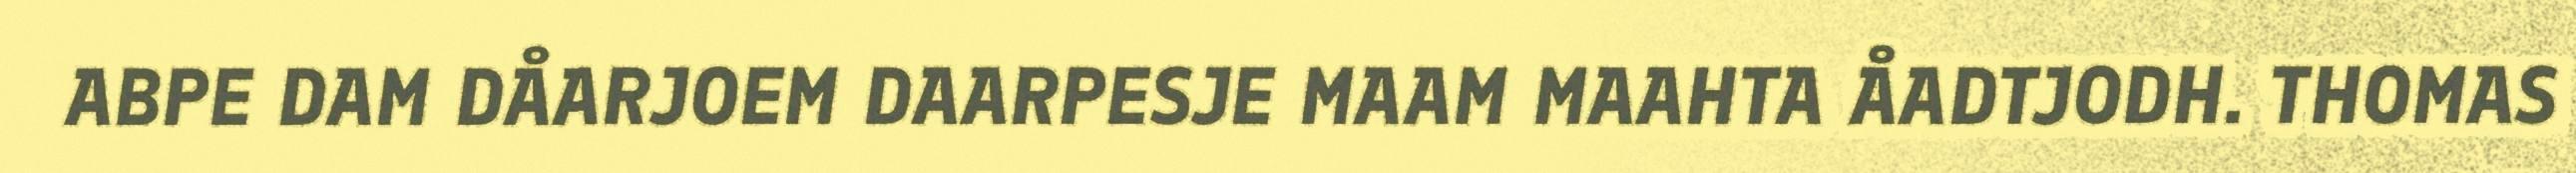
ABPE DAM DÅARJOEM DAARPESJE MAAM MAAHTA ÅADTJODH. THOMAS